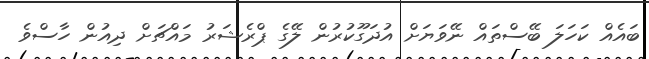
ބައެއް ކަހަލަ ބޭސްތައް ނޭވަޔަށް އުދަގޫކުރުން ލޭގެ ޕްރެޝަރު މައްޗަށް ދިއުން ހާސްވެ